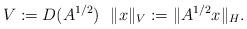
LaTeX: \begin{align*}V:=D(A^{1/2})\ \ \|x\|_V:=\|A^{1/2}x\|_H.\end{align*}